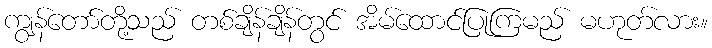
ကျွန်တော်တို့သည် တစ်ချိန်ချိန်တွင် အိမ်ထောင်ပြုကြမည် မဟုတ်လား။